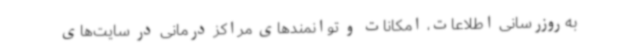
به‌روزرسانی اطلاعات، امکانات و توانمندهای مراکز درمانی در سایت‌های